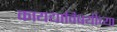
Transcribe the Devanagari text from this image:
कायद्याविषयीच्या